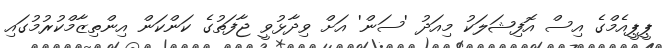
ޕީޕީއެމްގެ އިސް އޮފިޝަލަކު މިއަދު 'ސަން' އަށް ވިދާޅުވީ ޖާފަތުގެ ކަންކަން އިންތިޒާމްކުރުމުގައި